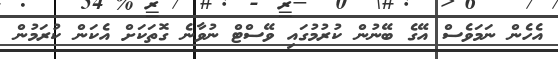
އެހެން ނަމަވެސް އޭގެ ބޭނުން ކުރުމުގައި ވޭސްޓް ނުވާނެ ގޮތަކަށް އެކަން ކުރަމުން